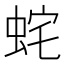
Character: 䖳